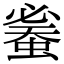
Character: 𧍦